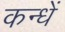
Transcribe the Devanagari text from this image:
कन्धें